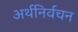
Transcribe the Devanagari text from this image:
अर्थनिर्वचन